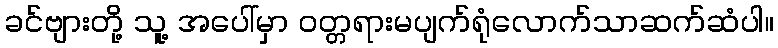
ခင်ဗျားတို့ သူ့ အပေါ်မှာ ဝတ္တရားမပျက်ရုံလောက်သာဆက်ဆံပါ။